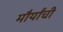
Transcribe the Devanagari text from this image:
मौर्यांची